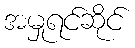
အမှုရင်ဆိုင်